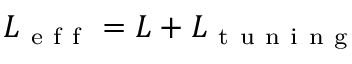
L _ { \mathrm { ~ e ~ f ~ f ~ } } = L + L _ { \mathrm { ~ t ~ u ~ n ~ i ~ n ~ g ~ } }